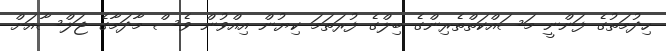
ހިދުމަތުގެ ފަންނީ މަސައްކަތްތެރިންގެ ބިލްގެ ފުރަތަމަ ކިޔުން އިއްވުން ވެސް މާދަމާގެ ޖަލްސާއަށް